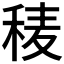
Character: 𥟀